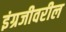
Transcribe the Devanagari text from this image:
इंग्रजीवरील